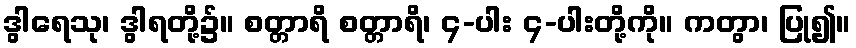
ဒွါရေသု၊ ဒွါရတို့၌။ စတ္တာရိ စတ္တာရိ၊ ၄-ပါး ၄-ပါးတို့ကို။ ကတွာ၊ ပြု၍။